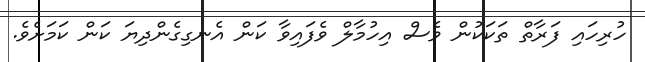
ހުރިހައި ފަރާތް ތަކަކުން ވެސް އިހުމާލް ވެފައިވާ ކަން އެނގިގެންދިޔަ ކަން ކަމަށެވެ.